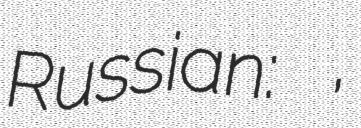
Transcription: Russian: Мадяроны,